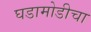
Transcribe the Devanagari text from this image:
घडामोडीचा